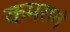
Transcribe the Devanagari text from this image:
कमरावं